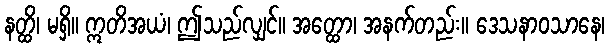
နတ္ထိ၊ မရှိ။ ဣတိအယံ၊ ဤသည်လျှင်။ အတ္ထော၊ အနက်တည်း။ ဒေသနာဝသာနေ၊